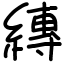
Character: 縳